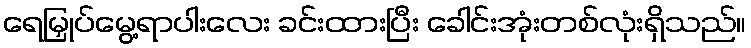
ရေမြှုပ်မွေ့ရာပါးလေး ခင်းထားပြီး ခေါင်းအုံးတစ်လုံးရှိသည်။